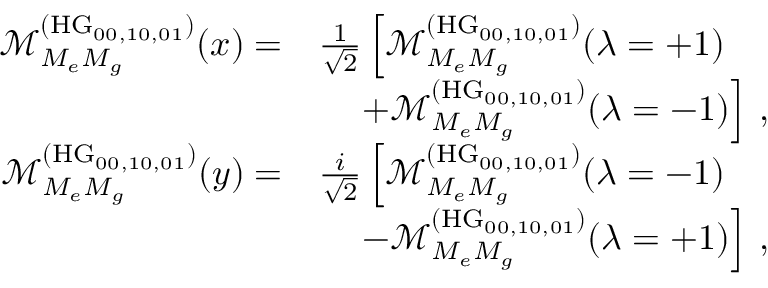
\begin{array} { r l } { \mathcal { M } _ { M _ { e } M _ { g } } ^ { ( \mathrm { H G } _ { 0 0 , 1 0 , 0 1 } ) } ( x ) = } & { \frac { 1 } { \sqrt { 2 } } \left[ \mathcal { M } _ { M _ { e } M _ { g } } ^ { ( \mathrm { H G } _ { 0 0 , 1 0 , 0 1 } ) } ( \lambda = + 1 ) \right. } \\ & { \left. \; \; \; \; + \mathcal { M } _ { M _ { e } M _ { g } } ^ { ( \mathrm { H G } _ { 0 0 , 1 0 , 0 1 } ) } ( \lambda = - 1 ) \right] \, , } \\ { \mathcal { M } _ { M _ { e } M _ { g } } ^ { ( \mathrm { H G } _ { 0 0 , 1 0 , 0 1 } ) } ( y ) = } & { \frac { i } { \sqrt { 2 } } \left[ \mathcal { M } _ { M _ { e } M _ { g } } ^ { ( \mathrm { H G } _ { 0 0 , 1 0 , 0 1 } ) } ( \lambda = - 1 ) \right. } \\ & { \left. \; \; \; \; - \mathcal { M } _ { M _ { e } M _ { g } } ^ { ( \mathrm { H G } _ { 0 0 , 1 0 , 0 1 } ) } ( \lambda = + 1 ) \right] \, , } \end{array}